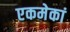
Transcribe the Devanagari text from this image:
एकमेकां